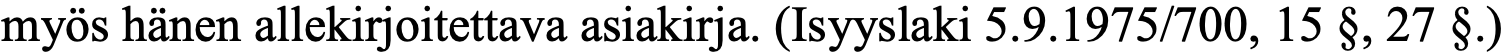
myös hänen allekirjoitettava asiakirja. (Isyyslaki 5.9.1975/700, 15 §, 27 §.)